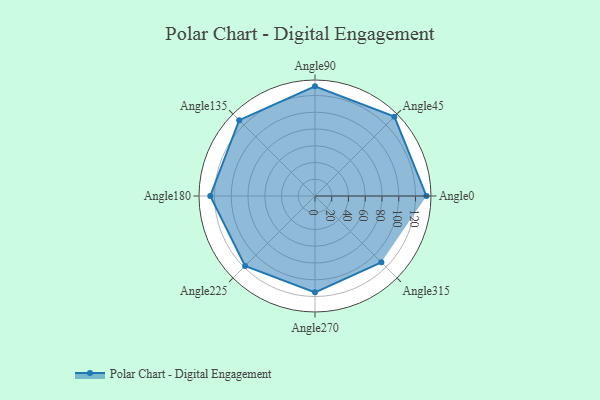
{"axis": {"x": "Angle", "y": "Radius"}, "legend": [""], "data": [{"x": "Angle0", "y": 133.0, "type": ""}, {"x": "Angle45", "y": 134.0, "type": ""}, {"x": "Angle90", "y": 131.0, "type": ""}, {"x": "Angle135", "y": 128.0, "type": ""}, {"x": "Angle180", "y": 125.0, "type": ""}, {"x": "Angle225", "y": 118.0, "type": ""}, {"x": "Angle270", "y": 115.0, "type": ""}, {"x": "Angle315", "y": 112.0, "type": ""}]}